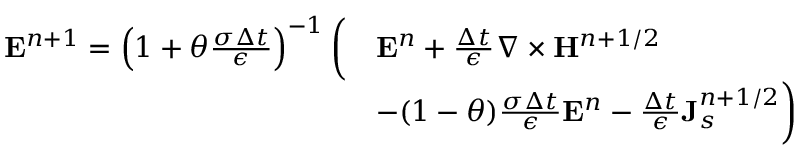
\begin{array} { r l } { { \bf E } ^ { n + 1 } = \left( 1 + \theta \frac { \sigma \Delta t } { \epsilon } \right) ^ { - 1 } \bigg ( } & { { \bf E } ^ { n } + \frac { \Delta t } { \epsilon } \nabla \times { \bf H } ^ { n + 1 / 2 } } \\ & { - ( 1 - \theta ) \frac { \sigma \Delta t } { \epsilon } { \bf E } ^ { n } - \frac { \Delta t } { \epsilon } { \bf J } _ { s } ^ { n + 1 / 2 } \bigg ) } \end{array}